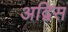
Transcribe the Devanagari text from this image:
अद्विस